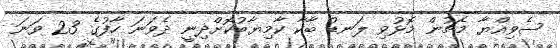
ސެވިއްޔާ މެޗުން މޮޅުވި ލަނޑު ބާކާ ކާމިޔާބުކޮށްދިނީ ދެވަނަ ހާފުގެ 23 ވަނަ